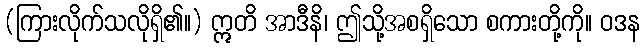
(ကြားလိုက်သလိုရှိ၏။) ဣတိ အာဒီနိ၊ ဤသို့အစရှိသော စကားတို့ကို။ ဝဒန